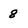
Character: 8